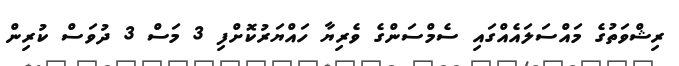
ރިޝްވަތުގެ މައްސަލައެއްގައި ސެމްސަންގެ ވެރިޔާ ހައްޔަރުކޮށްފި 3 މަސް 3 ދުވަސް ކުރިން